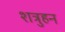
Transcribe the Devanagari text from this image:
शत्रुहन